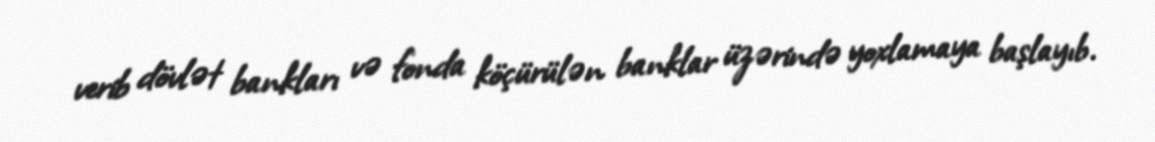
verib dövlət bankları və fonda köçürülən banklar üzərində yoxlamaya başlayıb.